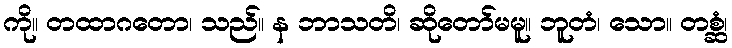
ကို။ တထာဂတော၊ သည်။ န ဘာသတိ၊ ဆိုတော်မမူ။ ဘူတံ၊ သော။ တစ္ဆံ၊